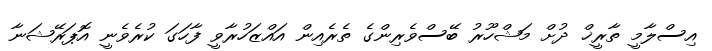
އިސްލާމީ ތާރީޚް ދުށް މަޝްހޫރު ބޭސްވެރިންގެ ތެރެއިން އައްޒަހުރާވީ ފާހަގަ ކުރެވެނީ އޮޕަރޭޝަނާ